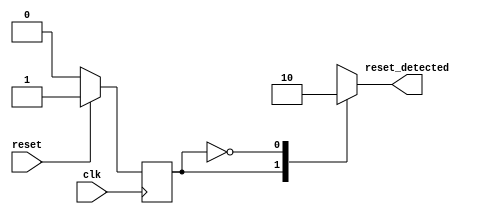
module synchronous_reset_detector (
    input wire clk,          // Clock signal
    input wire reset,        // Synchronous reset signal
    output reg reset_detected // Output indicating reset status
);

// State Encoding
localparam RESET_STATE = 1'b1;   // Reset state
localparam NORMAL_STATE = 1'b0;   // Normal operation state

// State variable
reg current_state;

// Sequential logic to detect reset condition
always @(posedge clk) begin
    // Check the reset signal on the rising edge of the clock
    if (reset) begin
        current_state <= RESET_STATE; // Transition to reset state
    end else begin
        current_state <= NORMAL_STATE; // Transition to normal state
    end
end

// Combinational logic to set the reset_detected output
always @(*) begin
    case (current_state)
        RESET_STATE: reset_detected = 1'b1; // Reset condition active
        NORMAL_STATE: reset_detected = 1'b0; // Reset condition inactive
        default: reset_detected = 1'b0;      // Default case (should not occur)
    endcase
end

endmodule